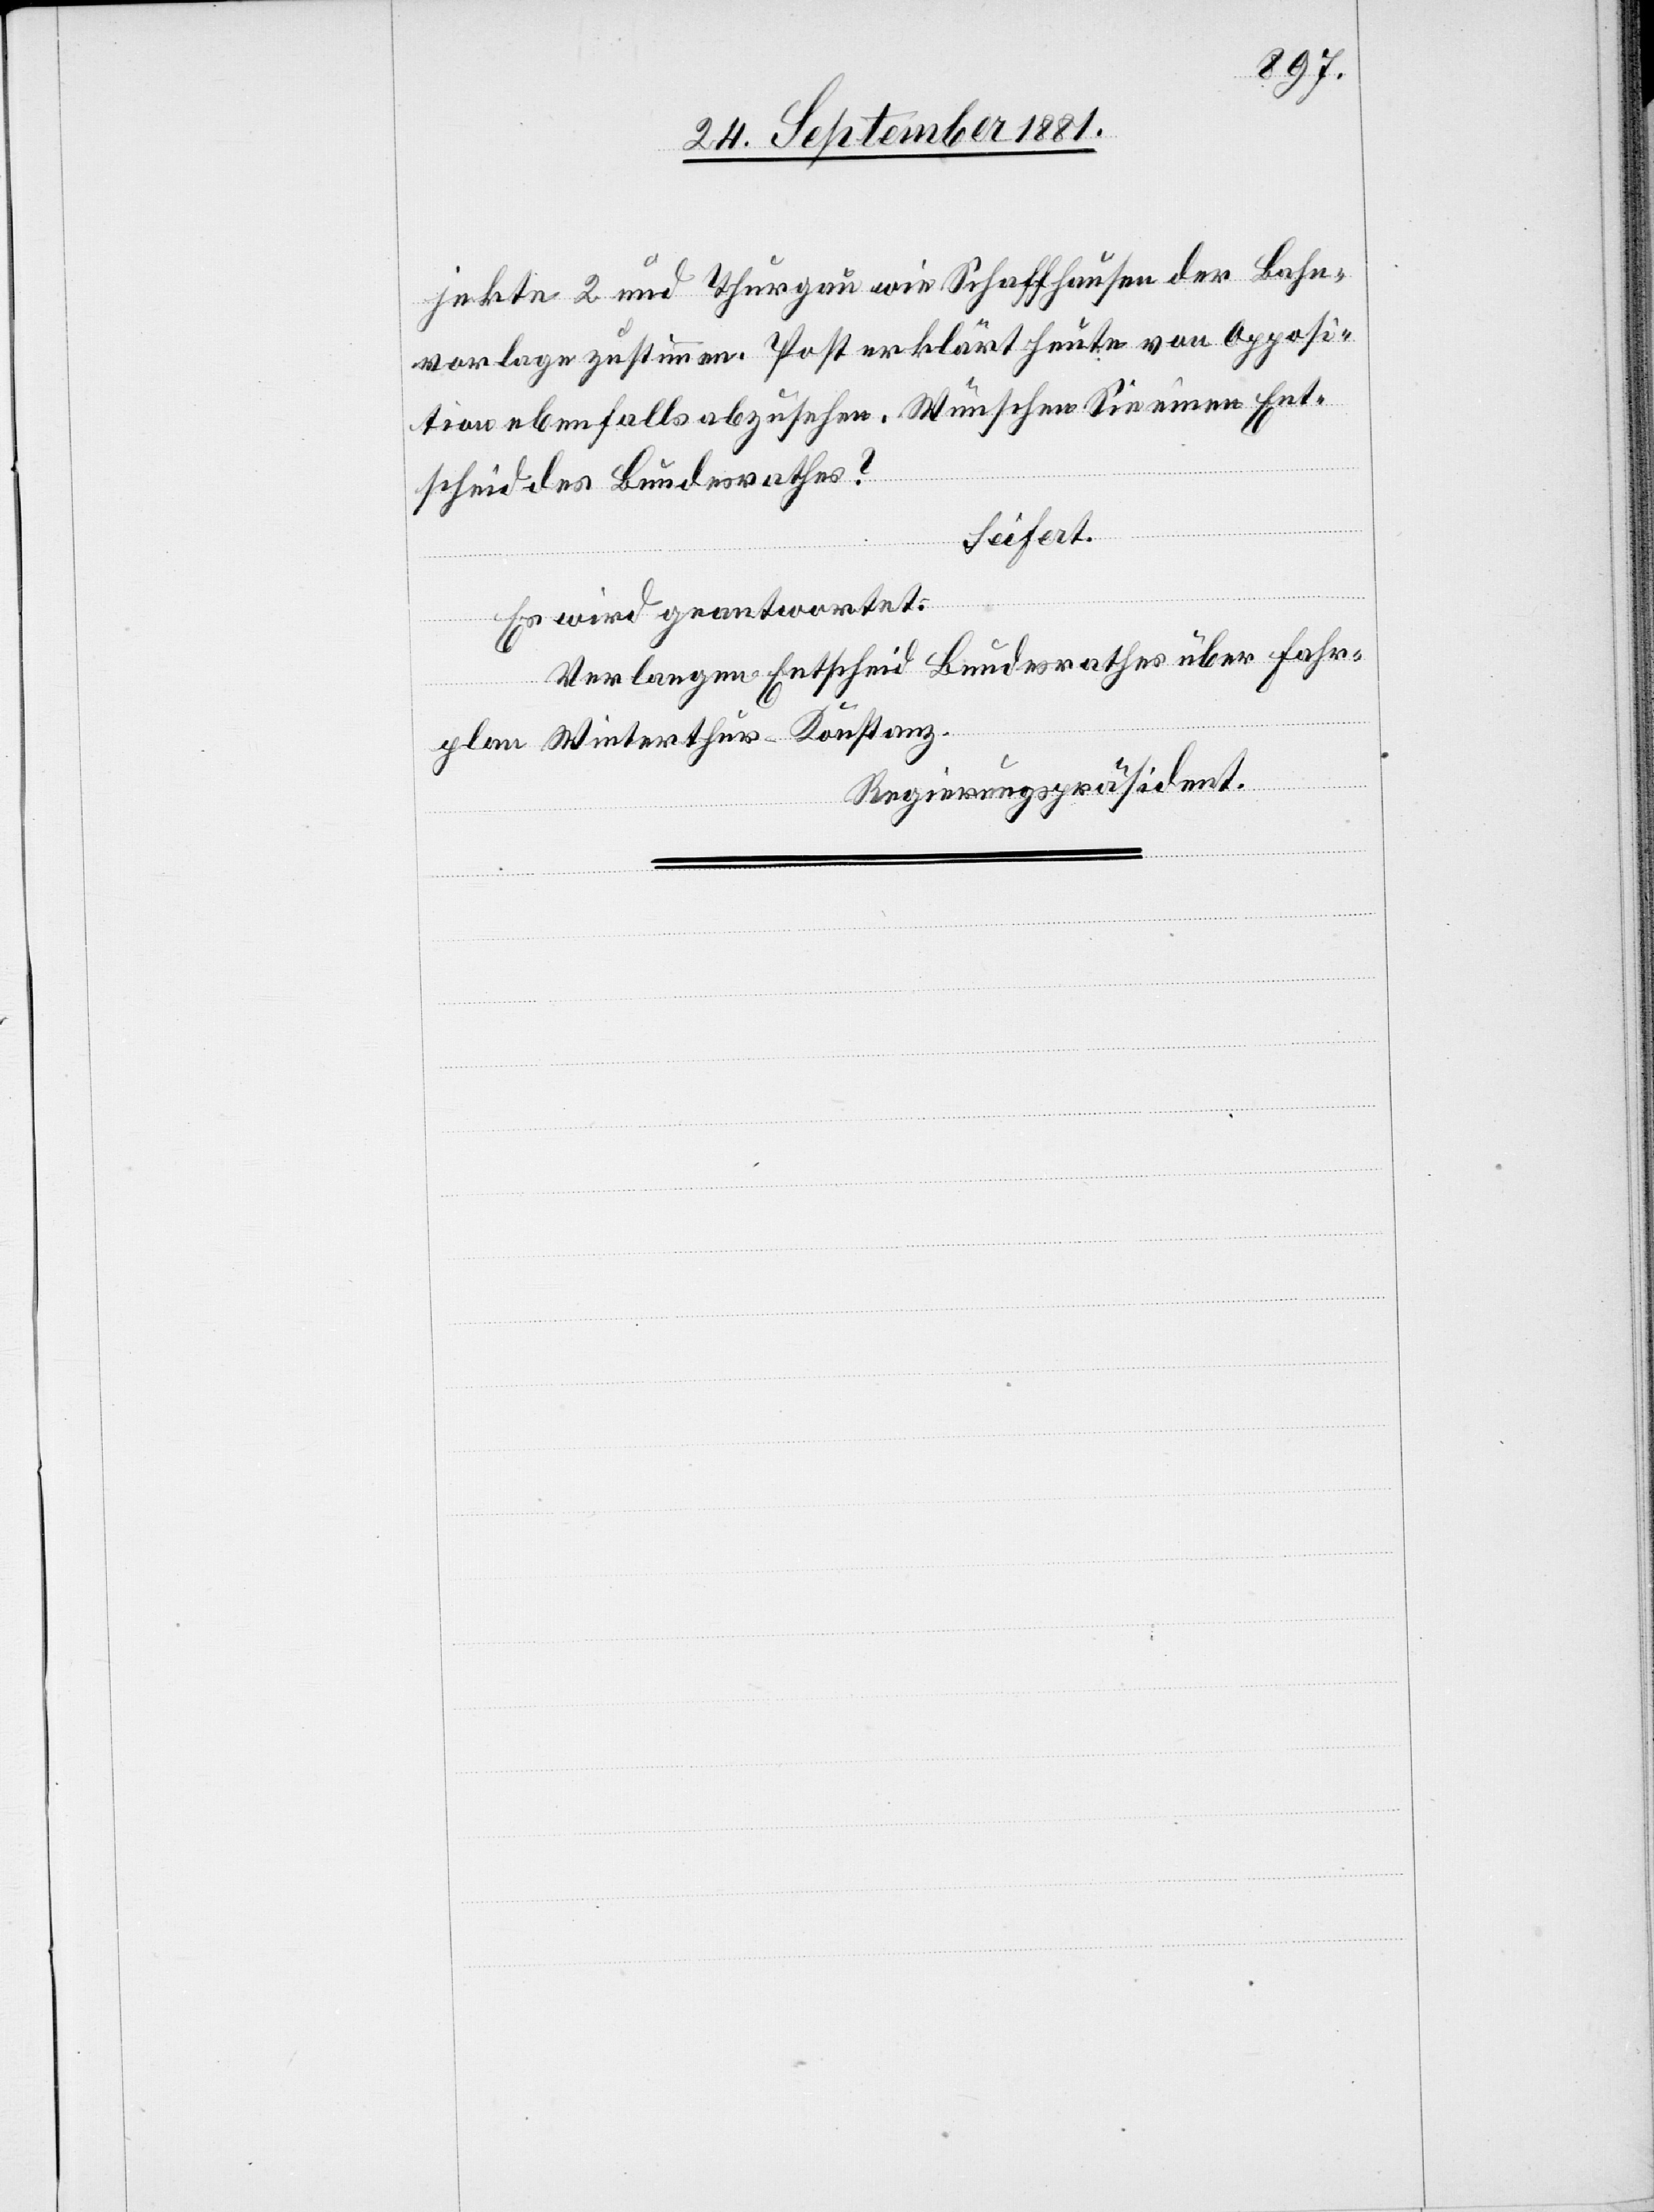
jekte 2 und Thurgau wie Schaffhausen der Bahn¬
vorlage zustimmen. Post erklärt heute von Opposi¬
tion ebenfalls abzusehen. Wünschen Sie einen Ent¬
scheid des Bundesrathes?
Seifert.“
Es wird geantwortet:
Verlangen Entscheid Bundesrathes über Fahr¬
plan Winterthur–Konstanz.
Regierungspräsident.